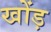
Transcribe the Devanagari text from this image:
खोंड़